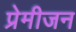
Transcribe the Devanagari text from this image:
प्रेमीजन